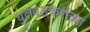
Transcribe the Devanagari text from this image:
धुलवडकरांच्या